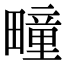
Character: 疃